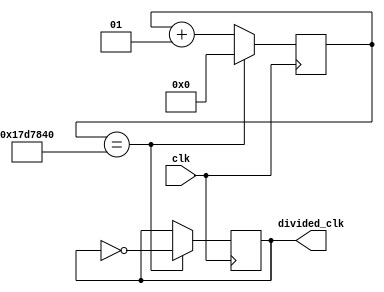
// divides clock using a counter to create different frequencies
module clock_divider(
input clk,
output reg divided_clk = 0
    );
parameter div_value = 25000000;        //controls clock frequency

integer counter_value =0;

//check if count has been reached
always@(posedge clk)
begin
    if (counter_value == div_value)
        begin
        counter_value <= 0;
        divided_clk <= ~divided_clk;
        end
    else 
        counter_value <= counter_value+1;
end

endmodule